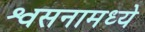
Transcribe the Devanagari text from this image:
श्वसनामध्ये